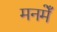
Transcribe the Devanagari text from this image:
मनमेँ